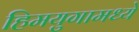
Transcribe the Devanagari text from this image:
हिमयुगामध्ये